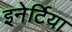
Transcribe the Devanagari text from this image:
इनेर्टिया